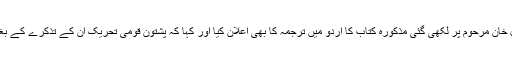
انہوں نے افضل خان مرحوم پر لکھی گئی مذکورہ کتاب کا اردو میں ترجمہ کا بھی اعلان کیا اور کہا کہ پشتون قومی تحریک ان کے تذکرے کے بغیر ادھورا ہے ۔